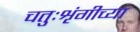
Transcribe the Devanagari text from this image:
चतुःशृंगीच्या